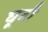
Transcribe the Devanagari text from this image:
घूटी